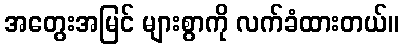
အတွေးအမြင် များစွာကို လက်ခံထားတယ်။